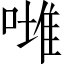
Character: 𠼲